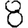
Digit: 8